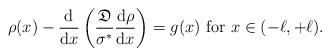
LaTeX: \begin{align*}\rho(x) - \frac{{\rm d}}{{\rm d}x}\left( \frac{\mathfrak{D}}{\sigma^*} \frac{{\rm d}\rho}{{\rm d}x}\right) = g(x)\mbox{ for }x\in (-\ell, +\ell).\end{align*}